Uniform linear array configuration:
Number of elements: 32
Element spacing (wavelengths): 1
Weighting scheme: uniform
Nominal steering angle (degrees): -15
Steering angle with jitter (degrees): -14.614
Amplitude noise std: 0.05
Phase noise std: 0.05

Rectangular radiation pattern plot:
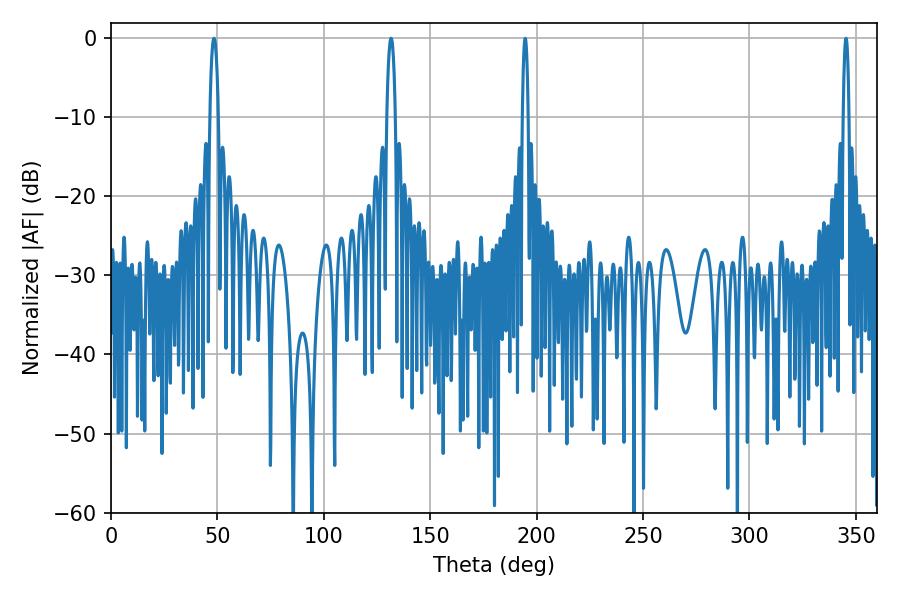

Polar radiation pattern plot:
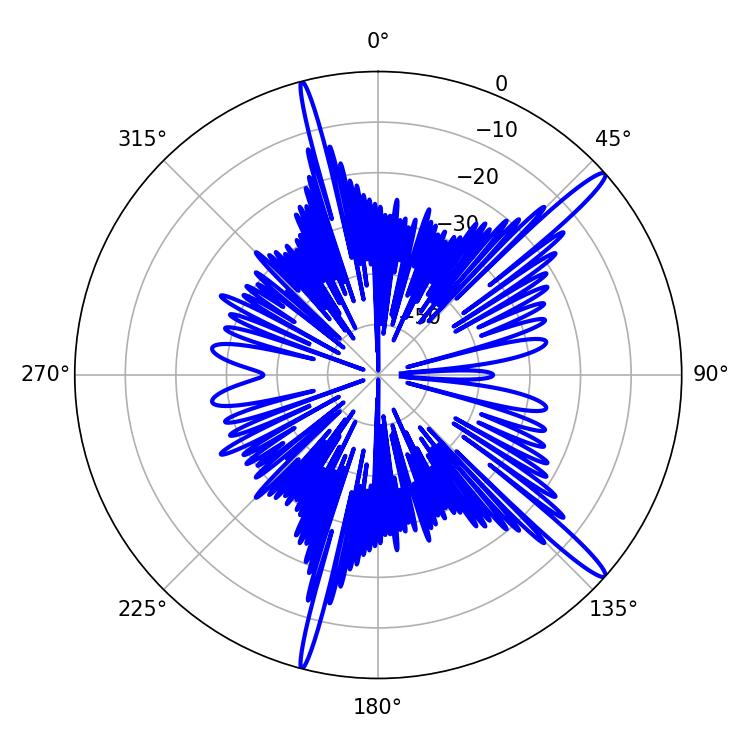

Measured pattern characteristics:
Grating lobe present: TRUE
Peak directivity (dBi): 15.76
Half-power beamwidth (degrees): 2.16
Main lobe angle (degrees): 48.42